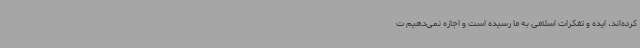
کرده‌اند، ایده و تفکرات اسلامی به ما رسیده است و اجازه نمی‌دهیم ت